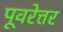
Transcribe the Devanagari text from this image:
पूवरेत्तर